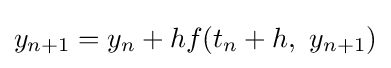
y_{n+1}=y_{n}+hf(t_{n}+h,\ y_{n+1})